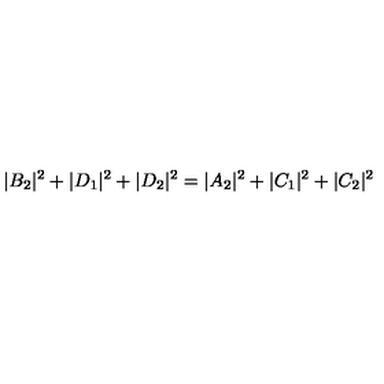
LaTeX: | B _ { 2 } | ^ { 2 } + | D _ { 1 } | ^ { 2 } + | D _ { 2 } | ^ { 2 } = | A _ { 2 } | ^ { 2 } + | C _ { 1 } | ^ { 2 } + | C _ { 2 } | ^ { 2 }